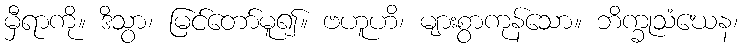
မှီရာကို။ ဒိသွာ၊ မြင်တော်မူ၍။ ဗဟူဟိ၊ များစွာကုန်သော။ ဘိက္ခုသံဃေန၊